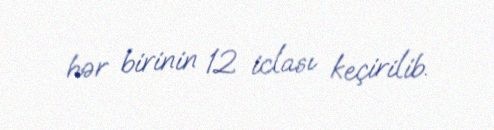
hər birinin 12 iclası keçirilib.